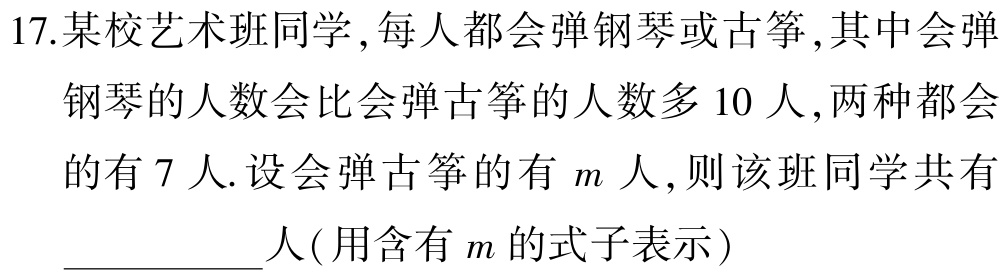
17.某校艺术班同学,每人都会弹钢琴或古筝,其中会弹
钢琴的人数会比会弹古筝的人数多$10$人,两种都会
的有$7$人.设会弹古筝的有$m$人,则该班同学共有
__________人(用含有$m$的式子表示)